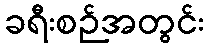
ခရီးစဉ်အတွင်း